Report of cholera committee
Disease focus: Cholera
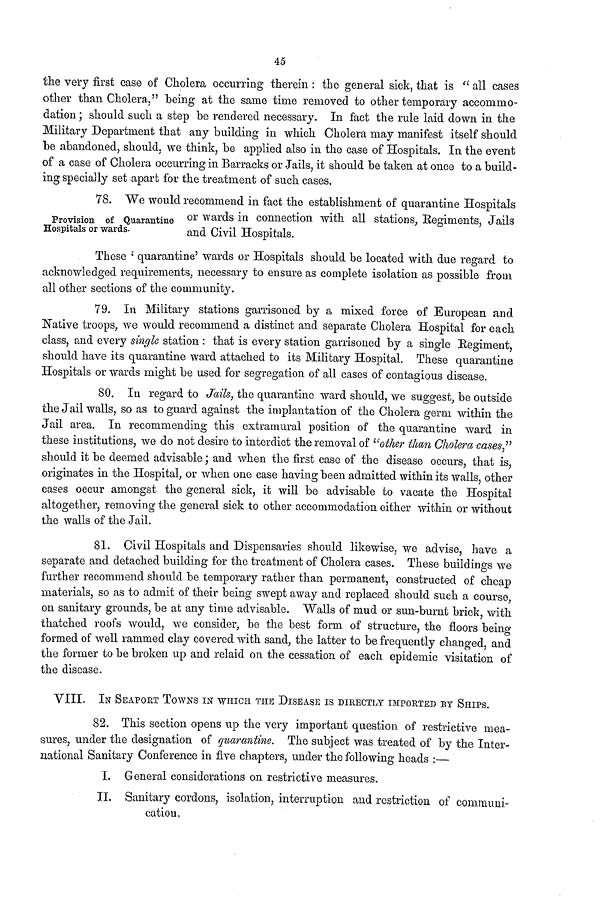
45
the very first case of Cholera occurring therein : the general sick, that is " all cases
other than Cholera," being at the same time removed to other temporary accommo-
dation ; should such a step be rendered necessary. In fact the rule laid down in the
Military Department that any building in which Cholera may manifest itself should
be abandoned, should, we think, be applied also in the case of Hospitals. In the event
of a case of Cholera occurring in Barracks or Jails, it should be taken at once to a build-
ing specially set apart for the treatment of such cases.
Provision of Quarantine
Hospitals or wards.
78. We would recommend in fact the establishment of quarantine Hospitals
or wards in connection with all stations, Regiments, Jails
and Civil Hospitals.
These ' quarantine' wards or Hospitals should be located with due regard to
acknowledged requirements, necessary to ensure as complete isolation as possible from
ail other sections of the community.
79. In Military stations garrisoned by a mixed force of European and
Native troops, we would recommend a distinct and separate Cholera Hospital for each
class, and every single station : that is every station garrisoned by a single Regiment,
should have its quarantine ward attached to its Military Hospital. These quarantine
Hospitals or wards might be used for segregation of all cases of contagious disease.
80. In regard to Jails, the quarantine ward should, we suggest, be outside
the Jail walls, so as to guard against the implantation of the Cholera germ within the
Jail area. In recommending this extramural position of the quarantine ward in
these institutions, we do not desire to interdict the removal of "other than Cholera cases,"
should it be deemed advisable ; and when the first case of the disease occurs, that is,
originates in the Hospital, or when one case having been admitted within its walls, other
cases occur amongst the general sick, it will be advisable to vacate the Hospital
altogether, removing the general sick to other accommodation either within or without
the walls of the Jail.
81. Civil Hospitals and Dispensaries should likewise, we advise, have a
separate and detached building for the treatment of Cholera cases. These buildings we
further recommend should be temporary rather than permanent, constructed of cheap
materials, so as to admit of their being swept away and replaced should such a course,
on sanitary grounds, be at any time advisable. Walls of mud or sun-burnt brick, with
thatched roofs would, we consider, be the best form of structure, the floors being
formed of well rammed clay covered with sand, the latter to be frequently changed, and
the former to be broken up and relaid on the cessation of each epidemic visitation of
the disease.
VIII. IN SEAPORT TOWNS IN WHICH THE DISEASE IS DIRECTLY IMPORTED BY SHIPS.
82. This section opens up the very important question of restrictive mea-
sures, under the designation of quarantine. The subject was treated of by the Inter-
national Sanitary Conference in five chapters, under the following heads :—
I. General considerations on restrictive measures.
II. Sanitary cordons, isolation, interruption and restriction of communi-
cation,